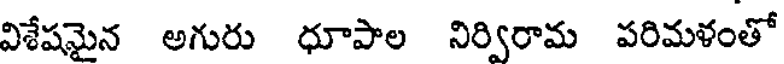
విశేషమైన అగురు ధూపాల నిర్విరామ పరిమళంతో